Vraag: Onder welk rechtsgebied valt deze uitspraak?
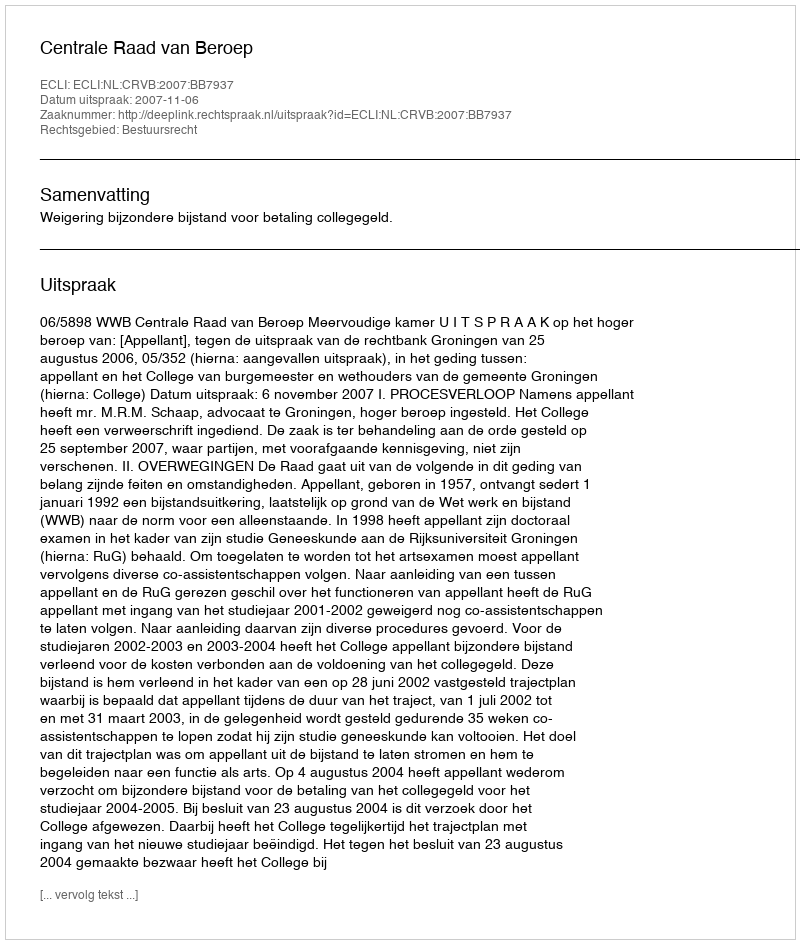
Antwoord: Bestuursrecht